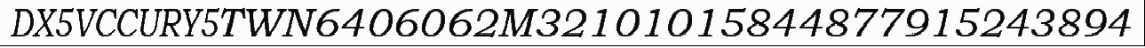
DX5VCCURY5TWN6406062M32101015844877915243894